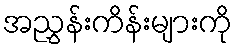
အညွှန်းကိန်းများကို